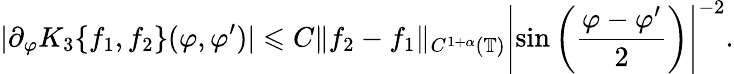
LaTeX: |\partial_{\varphi}K_{3}\{ f_{1},f_{2}\} (\varphi,\varphi^{\prime})|\leqslant C\| f_{2}-f_{1}\| _{C^{1+\alpha}(\mathbb{T})}\left|\sin\left(\frac{\varphi-\varphi^{\prime}}{2}\right)\right|^{-2}.